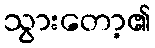
သွားတော့၏